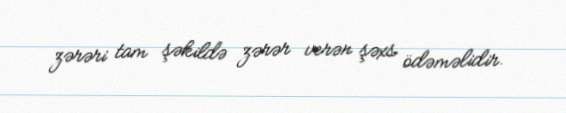
zərəri tam şəkildə zərər verən şəxs ödəməlidir.